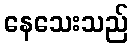
နေသေးသည်